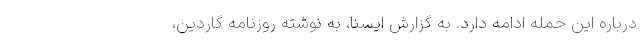
درباره این حمله ادامه دارد. به گزارش ایسنا، به نوشته روزنامه گاردین،